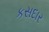
કસદાર